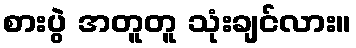
စားပွဲ အတူတူ သုံးချင်လား။